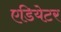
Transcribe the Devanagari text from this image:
एडियेटर